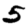
Digit: 5